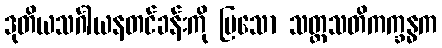
ဒုတိယသင်္ဂါယနတင်ခန်းကို ပြသော သတ္တသတိကက္ခန္ဓက